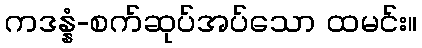
ကဒန္နံ-စက်ဆုပ်အပ်သော ထမင်း။